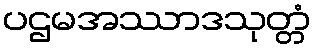
ပဌမအဿာဒသုတ္တံ